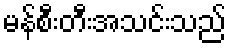
မန်စီးတီးအသင်းသည်